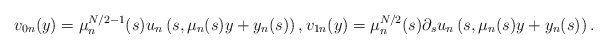
\begin{align*}v_{0n}(y)=\mu_n^{N/2-1}(s)u_n\left(s,\mu_n(s)y+y_n(s)\right),v_{1n}(y)=\mu_n^{N/2}(s)\partial_su_n\left(s,\mu_n(s)y+y_n(s)\right).\end{align*}